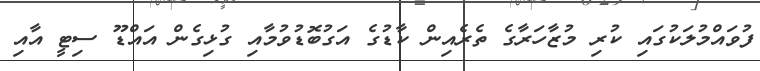
ފުވައްމުލަކުގައި ކުރި މުޒާހަރާގެ ތެރެއިން ކާޑުގެ އަގުބޮޑުވުމާއި ގުޅިގެން އައްޑޫ ސިޓީ އާއި